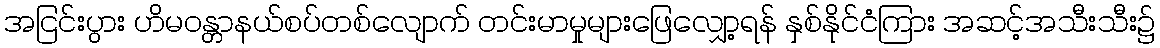
အငြင်းပွား ဟိမဝန္တာနယ်စပ်တစ်လျောက် တင်းမာမှုများဖြေလျှော့ရန် နှစ်နိုင်ငံကြား အဆင့်အသီးသီး၌